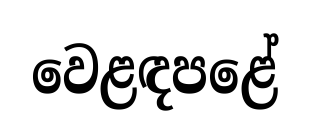
වෙළඳපළේ